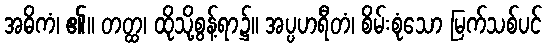
အဓိကံ၊ ၏။ တတ္ထ၊ ထိုသို့စွန့်ရာ၌။ အပ္ပဟရီတံ၊ စိမ်းစုံသော မြက်သစ်ပင်